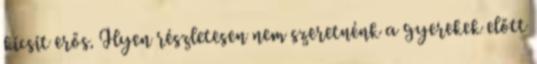
kicsit erős. Ilyen részletesen nem szeretnénk a gyerekek előtt